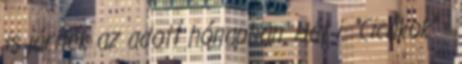
is járnék az adott hónapban. Hát i. "Cicákok" -